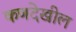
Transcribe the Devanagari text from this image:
कणदेखील